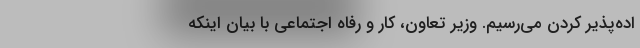
اده‌پذیر کردن می‌رسیم. وزیر تعاون، کار و رفاه اجتماعی با بیان اینکه